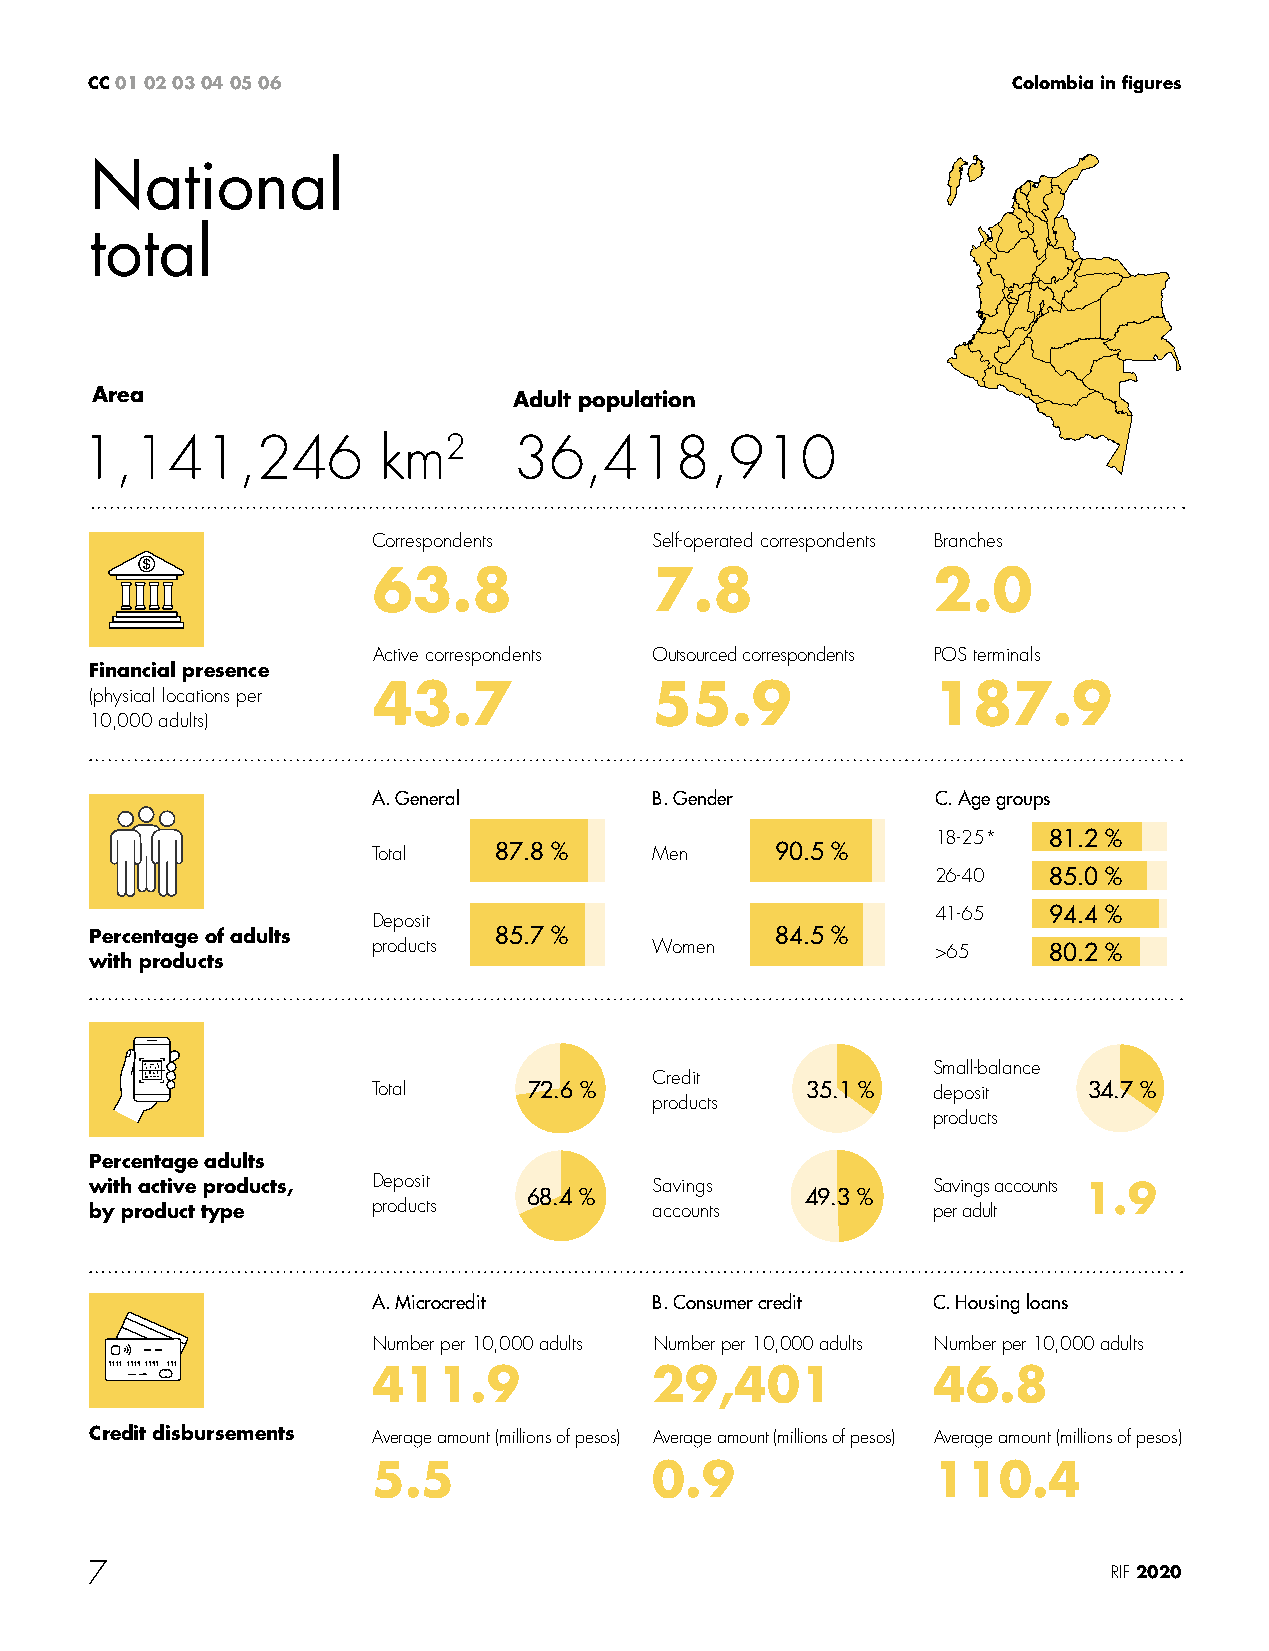
CC 01 02 03 04 05 06                                         Colombia in figures
 National
 total
 Area                        Adult population
 1,141,246           km2      36,418,910
 Correspondents    Self-operated correspondents Branches
 63.8              7.8                2.0
 Active correspondents Outsourced correspondents POS terminals
 Financial presence
 43.7              55.9               187.9
 (physical locations per
 10,000 adults)
 A. General        B. Gender          C. Age groups
 18-25* 81.2 %
 Total   87.8 %    Men     90.5 %
 26-40  85.0 %
 41-65  94.4 %
 Deposit
 Percentage of adults       85.7 %            84.5 %
 products          Women              >65    80.2 %
 with products
 Small-balance
 Credit
 Total     72.6 %            35.1 %   deposit   34.7 %
 products
 products
 Percentage adults
 with active products, Deposit 68.4 % Savings   49.3 %   Savings accounts 1.9
 by product type    products          accounts           per adult
 A. Microcredit    B. Consumer credit C. Housing loans
 Number per 10,000 adults Number per 10,000 adults Number per 10,000 adults
 411.9             29,401             46.8
 Credit disbursements Average amount (millions of pesos) Average amount (millions of pesos) Average amount (millions of pesos)
 5.5               0.9                110.4
 7                                                                   RIF 2020